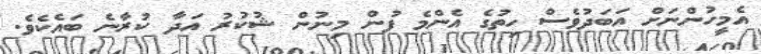
އެމީހުންނަށް އަބަދުވެސް ހިތުގެ އެންމެ ފުން މިނުން ޝުކުރު އަދާ ކުރާނެ ބައެކެވެ.